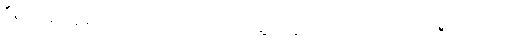
ဒီရွာကလူတွေ တော်တော်များများက ဟိုဘက်မြို့ကို သွားအလုပ်လုပ်ကြပေမယ့် ဦးလေးကတော့